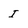
Character: I